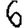
Digit: 6